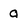
Character: a